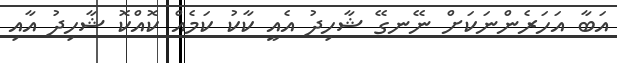
އަބާ އަހަރެންނަކަށް ނޭނގޭ ޝާހިދު އެއީ ކާކު ކަމެއް ކޮއްކޮ ޝާހިދު އާއި